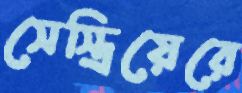
সেস্ত্রিয়েরে